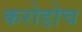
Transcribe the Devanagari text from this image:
करोडोच